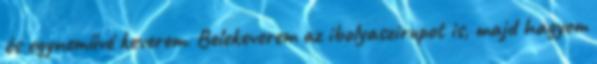
és egyneművé keverem. Belekeverem az ibolyaszirupot is, majd hagyom